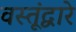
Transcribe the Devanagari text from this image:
वस्तूंद्वारे